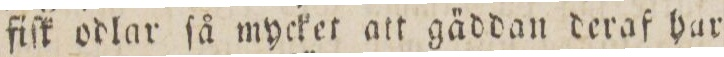
fiſk odlar ſå mycket att gäddan deraf har